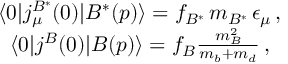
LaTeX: \begin{array} { c } { { \langle 0 | j _ { \mu } ^ { B ^ { \ast } } ( 0 ) | B ^ { \ast } ( p ) \rangle = f _ { B ^ { \ast } } \, m _ { B ^ { \ast } } \, \epsilon _ { \mu } \, , } } \\ { { \langle 0 | j ^ { B } ( 0 ) | B ( p ) \rangle = f _ { B } { \frac { m _ { B } ^ { 2 } } { m _ { b } + m _ { d } } } \, , } } \end{array}